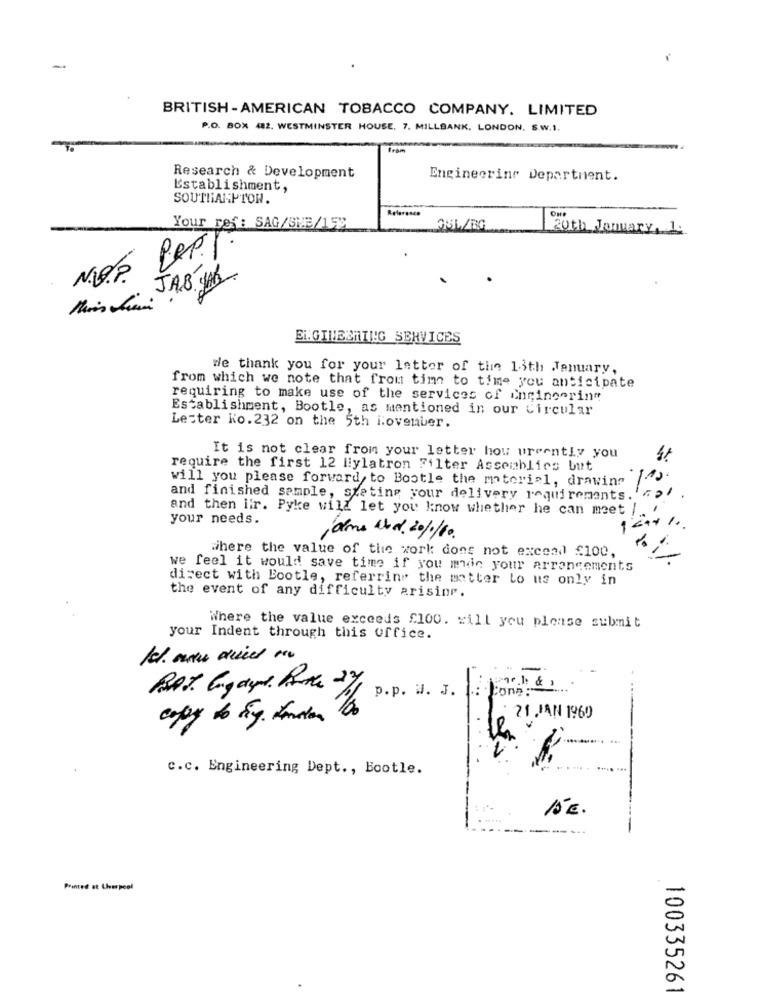
BRITISH -AMERICAN TOBACCO COMPANY. LIMITED
P.O. BOX 482. WESTMINSTER HOUSE, 7. MILLBANK. LONDON. S.W.I.
fram
Research & Development
Engineering Department.
Establishment,
SOUTHAMPTON.
Your ref: SAG/SMB/152
35L/RG
20th January, 1.
Pep .!
JA. JA
2.
ENGINEERING SERVICES
we thank you for your letter of the 13th January,
from which we note that from time to time you anticipate
requiring to make use of the services of Cnringering
Establishment, Bootle, as mentioned in our Circular
Lecter Ko. 232 on the 5th iovenuer.
It is not clear from your letter hou urgently you
4t
require the first 12 liylatron Filter Assemblies but
will you please forward, to Bootle the material, drawing
21
and finished sample, stating your delivery requirements.
and then iir. Pyke will let you know whether he can meet |!
your needs.
-
,alms and. 20/1/10.
where the value of the work does not excead f100,
we feel it would save time if you man your arrangements
direct with Bootle, referring the matter to us only in
the event of any difficulty arising.
Where the value exceeds £100. zill you please submit
your Indent through this office.
-
p.p. W. J.
Cona :
21 JAN 1960
c.c. Engineering Dept ., Bootle.
15€.
Printed at Liverpool
100335261